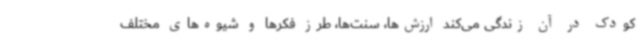
کودک در آن زندگی می‌کند ارزش‌ها، سنت‌ها، طرز فکرها و شیوه‌های مختلف